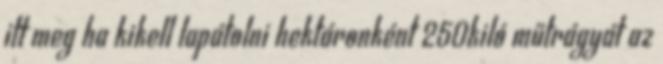
itt meg ha kikell lapátolni hektáronként 250kiló műtrágyát az